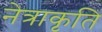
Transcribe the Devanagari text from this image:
नेत्राकृति